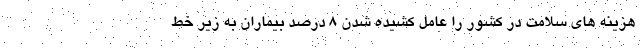
هزینه ‌های سلامت در کشور را عامل کشیده شدن ۸ درصد بیماران به زیر خط